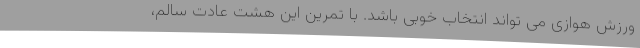
ورزش هوازی می تواند انتخاب خوبی باشد. با تمرین این هشت عادت سالم،